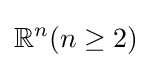
\mathbb {R} ^{n}(n\geq 2)